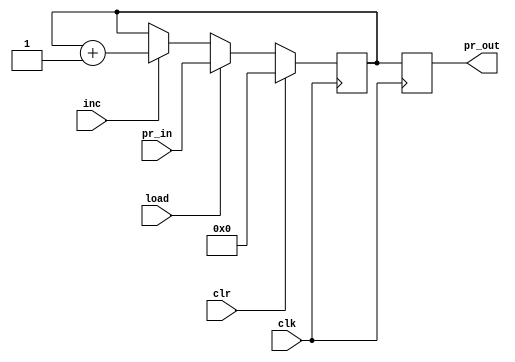
module program_counter( pr_in, clk, load, clr, inc, pr_out);
output reg [11:0]pr_out;
input [11:0] pr_in;
input clk, load, inc, clr;
reg [11:0] temp;
always @ (posedge clk)

if(clr)
temp <= 12'b0;
else if(load)
temp <= pr_in;
else if(inc)
temp <= temp + 1'b1;

always @ (posedge clk)
pr_out <= temp;

endmodule